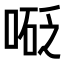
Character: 𠻅